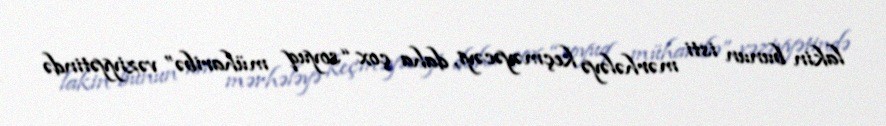
lakin bunun isti mərhələyə keçməyəcəyi, daha çox “soyuq müharibə” vəziyyətində